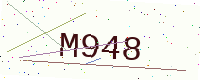
Text: M948